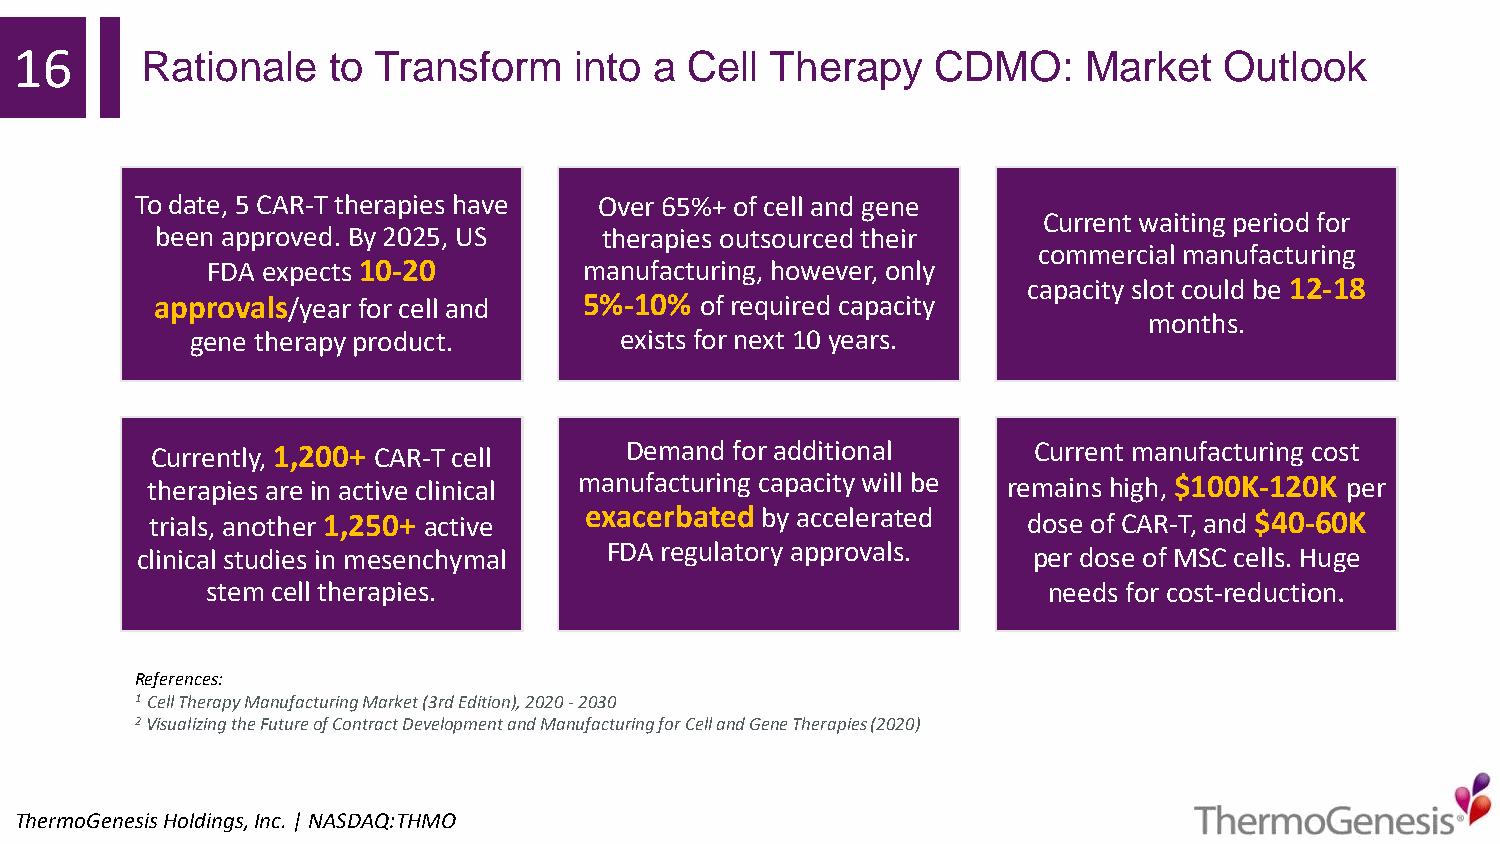
16      Rationale    to Transform    into a  Cell Therapy    CDMO:     Market   Outlook
 To date, 5 CAR-T therapies have Over 65%+ of cell and gene
 Current waiting period for
 been approved. By 2025, US    therapies outsourced their
 commercial manufacturing
 FDA expects 10-20        manufacturing, however,only
 capacity slot could be 12-18
 approvals/year for cell and  5%-10% of required capacity
 months.
 gene therapy product.       exists for next 10 years.
 Currently, 1,200+ CAR-T cell   Demand  for additional     Current manufacturing cost
 therapies are in active clinical manufacturing capacity will be remains high, $100K-120K per
 trials,another 1,250+ active exacerbated by accelerated   dose of CAR-T, and $40-60K
 clinical studies in mesenchymal FDA regulatory approvals.  per dose of MSC cells. Huge
 stem cell therapies.                                   needs for cost-reduction.
 References:
 1 Cell Therapy Manufacturing Market (3rd Edition), 2020 -2030
 2Visualizing the Future of Contract Development and Manufacturing for Cell and Gene Therapies (2020)
 ThermoGenesisHoldings,Inc.| NASDAQ:THMO